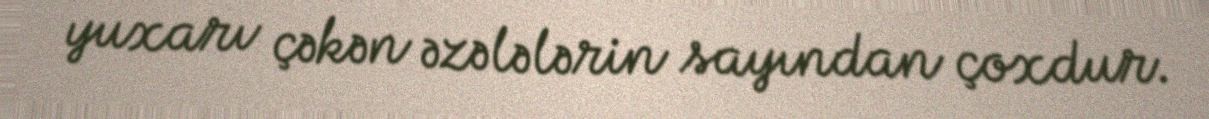
yuxarı çəkən əzələlərin sayından çoxdur.